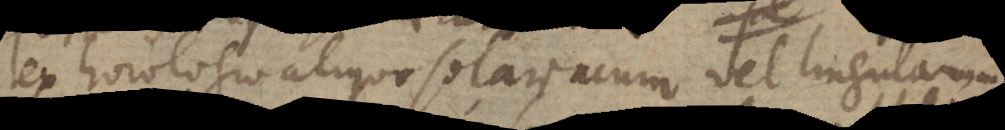
ex horologio aliquo solari acum vel lingulam